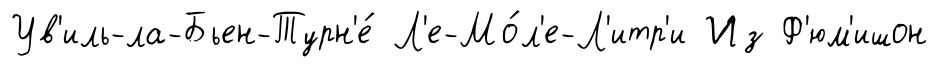
Ув'иль-ла-Бьен-Турн'е́ Л'е-Мо́л'е-Л'итр'и Из Ф'юм'ишон